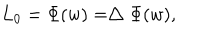
L _ { 0 } = \Phi ( w ) = \bigtriangleup \Phi ( w ) ,